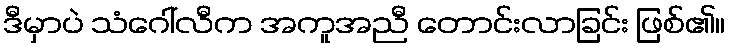
ဒီမှာပဲ သံဂေါ်လီက အကူအညီ တောင်းလာခြင်း ဖြစ်၏။